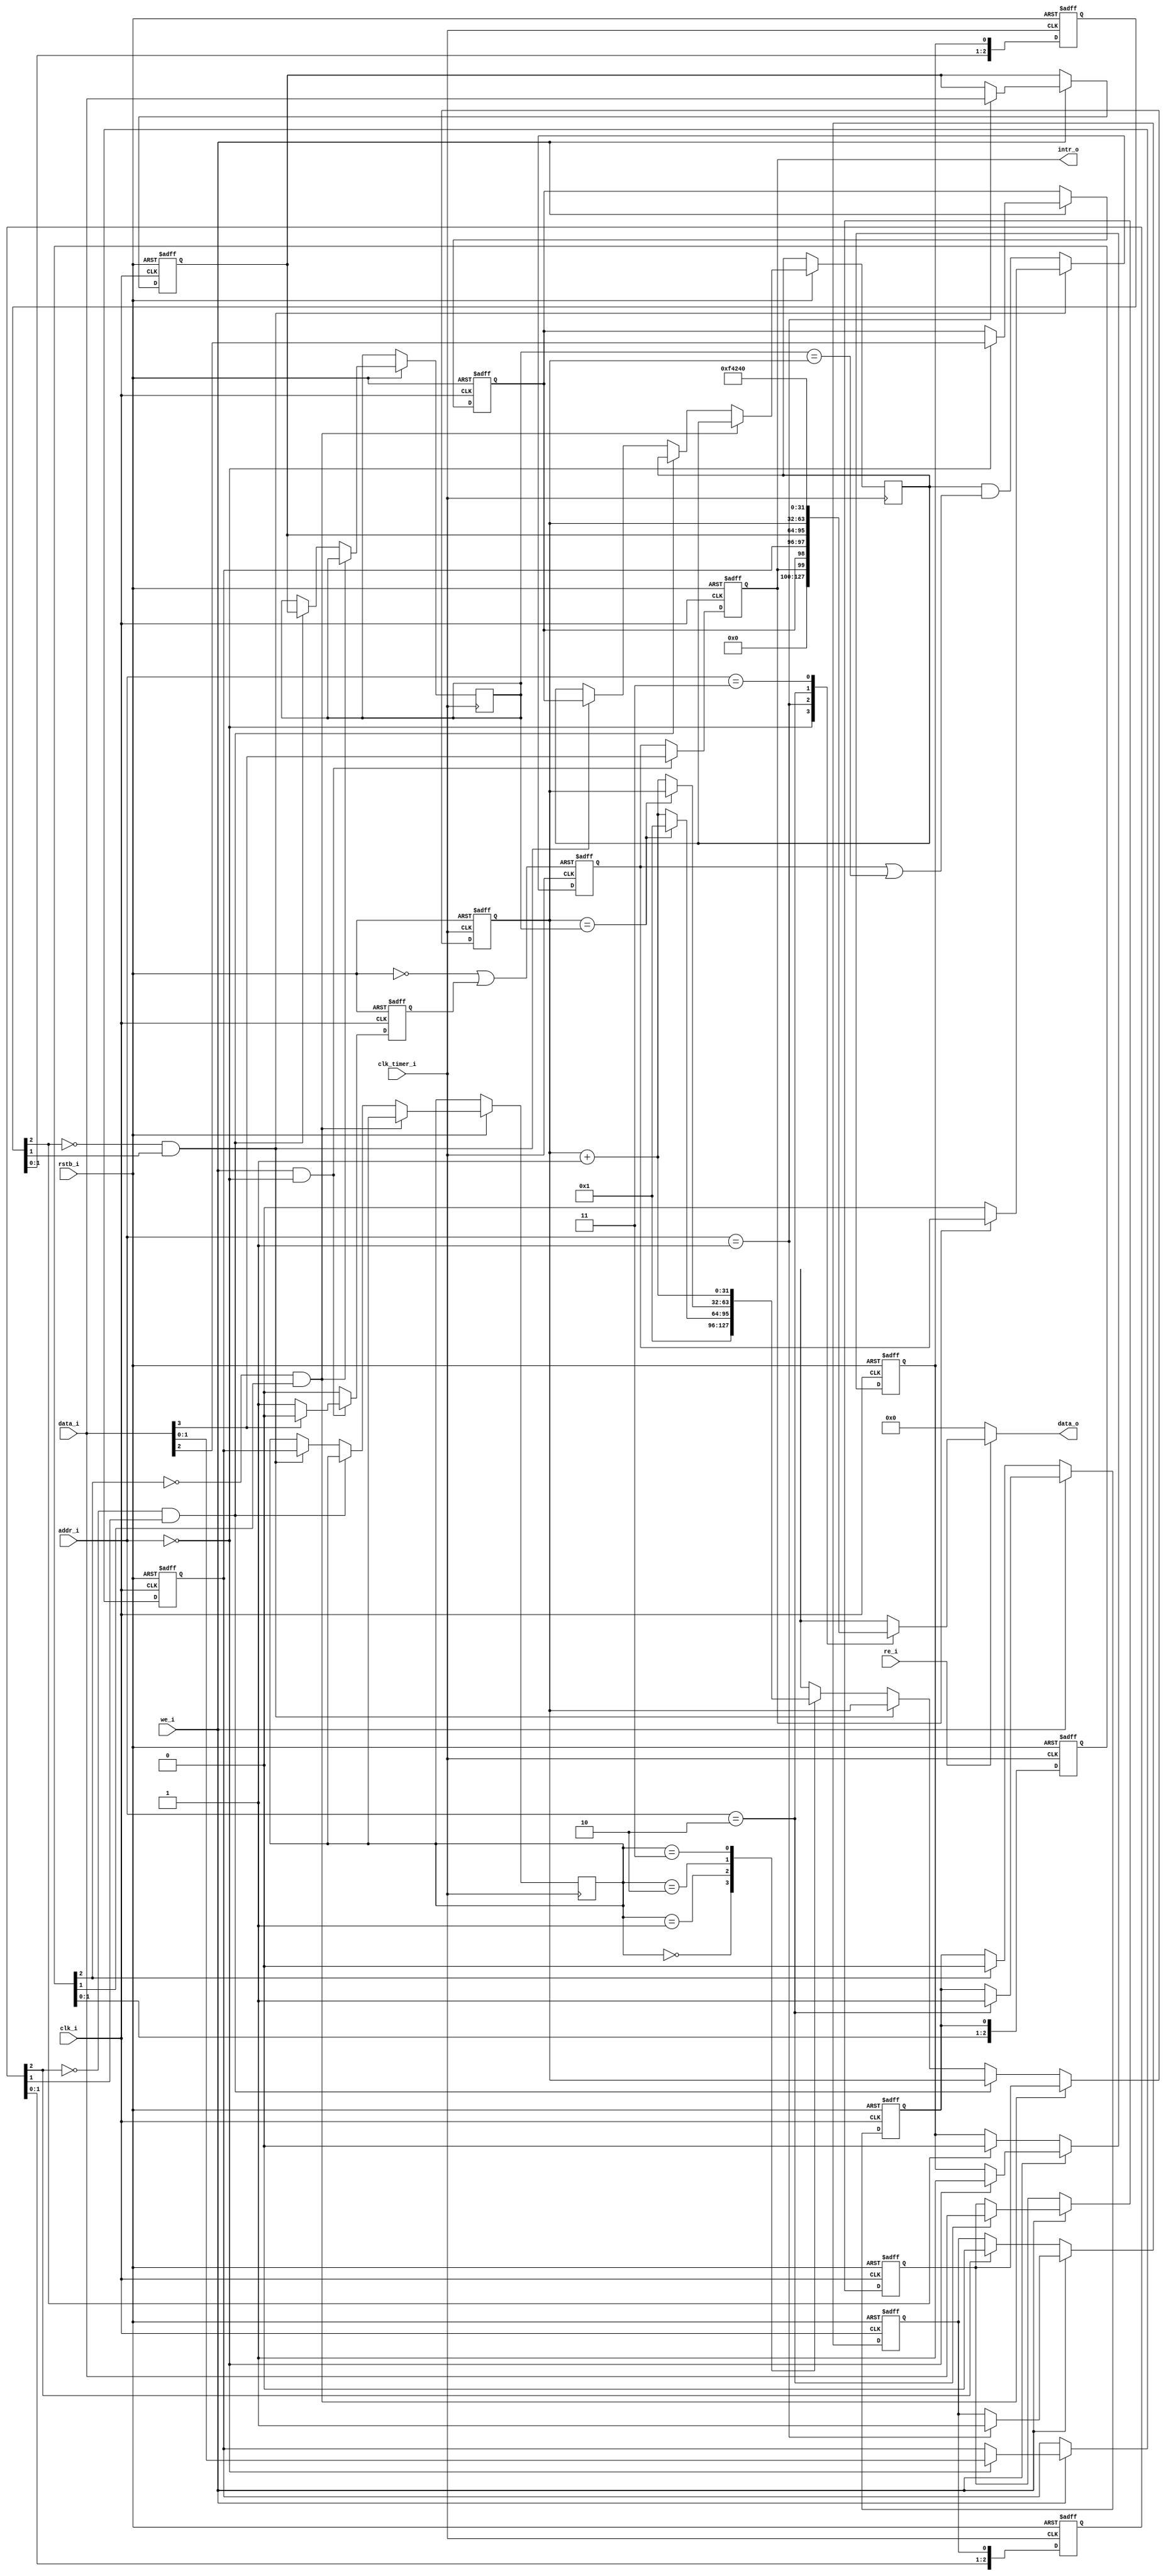
//------------------------------------------------------------------------------
//  Copyright (c) by Future Design Systems
//  All right reserved.
//  http://www.future-ds.com
//------------------------------------------------------------------------------
//  timer_tick.v
//------------------------------------------------------------------------------
//  VERSION: 2008.12.30.
//------------------------------------------------------------------------------
// A timer interrupt will happen everytime
// CONTROL[IE](2) bit is set and PERIOD(31:0)
// matches the COUNTER.
// When an interrupt is pending the CONTROL[IP](3) bit will be set
// and the interrupt will be asserted to 1 
// until CONTROL[IP](3) is cleared by writting a 0 to the CONTROL[IP] bit.
//
// mode: 00 tick timer is disabled (default)
// mode: 01 timer is restarted when PERIOD matches COUNTER
// mode: 10 timer stops when PERIOD matches COUNTER
// mode: 11 timer does not stop when PERIOD matches COUNTER
//
// interrupt enable: 0 disabled (default)
// interrupt enable: 1 enabled
//
// interrupt pending: 0 none (default)
// interrupt pending: 1 tick timer interrupt pending (write 0 to clear it)
//
// time period:
//------------------------------------------------------------------------------

module timer_tick
     #(parameter FREQUENCY=1_000_000)
(
       input   wire        clk_i
     , input   wire        rstb_i
     , input   wire        re_i
     , input   wire        we_i
     , input   wire [1:0]  addr_i
     , input   wire [31:0] data_i
     , output  reg  [31:0] data_o
     , output  wire        intr_o
     , input   wire        clk_timer_i // clk_i will be faster than this
);
  //--------------------------------------------
  reg  [31:0] COUNTER=32'h1;
  reg  [1:0]  mode=2'b0;
  reg         ie=1'b0;   // interrupt enable
  reg         ip=1'b0;   // interrupt pending
  reg  [31:0] PERIOD=32'h0;   // timer period
  wire [31:0] CONTROL = {28'h0, ip, ie, mode};
  //----------------------------------------------------------------------------
  // synchronized with clk_timer_i
  reg  [31:0] COUNTER_sync=32'h1;
  reg  [31:0] PERIOD_sync=32'h0;   // timer period
  reg  [ 1:0] mode_sync=2'b0;
  reg         ie_sync=1'b0;   // interrupt enable
  reg         ip_sync=1'b0;   // interrupt pending
  //--------------------------------------------
  // It generates pulse when the value changes.
  reg  flag_counter=1'b0;
  reg  flag_period=1'b0;
  reg  flag_control=1'b0;
  //--------------------------------------------
  // clk_timer_i
  reg [2:0] flag_counter_sync=3'h0;
  reg [2:0] flag_period_sync=3'h0;
  reg [2:0] flag_control_sync=3'h0;
  //--------------------------------------------
  assign intr_o = ip;
  //--------------------------------------------
  // CSR address
  localparam CSRA_CONTROL   = 2'b00,
             CSRA_PERIOD    = 2'b01,
             CSRA_COUNTER   = 2'b10,
             CSRA_FREQUENCY = 2'b11; // clk_timer_i
  //--------------------------------------------
  // CSR read
  always @ (*) begin
  if (re_i==1'b1) begin
      case (addr_i)
      CSRA_CONTROL  :   data_o = CONTROL;
      CSRA_PERIOD   :   data_o = PERIOD ;
      CSRA_COUNTER  :   data_o = COUNTER_sync;
      CSRA_FREQUENCY:   data_o = FREQUENCY;
      default: data_o = 32'h0;
      endcase
  end else begin
      data_o = 32'h0;
  end
  end
  //--------------------------------------------
  // CSR write
  always @ (posedge clk_i or negedge rstb_i) begin
  if (rstb_i==1'b0) begin
     mode         <=  2'b0;
     ie           <=  1'b0;
     PERIOD       <= 32'h0;
     COUNTER      <= 32'h1;
     flag_counter <=  1'b0;
     flag_period  <=  1'b0;
     flag_control <=  1'b0;
  end else begin
     if (we_i==1'b1) begin
         case (addr_i)
         CSRA_CONTROL: {flag_control,ie,mode} <= {1'b1,data_i[2:0]};
         CSRA_PERIOD : {flag_period,PERIOD}   <= {1'b1,data_i};
         CSRA_COUNTER: {flag_counter,COUNTER} <= {1'b1,data_i};
         endcase
     end else begin
         flag_counter <= (flag_counter_sync[2]==1'b1) ? 1'b0 : flag_counter;
         flag_period  <= (flag_period_sync [2]==1'b1) ? 1'b0 : flag_period ;
         flag_control <= (flag_control_sync[2]==1'b1) ? 1'b0 : flag_control;
     end
  end // if
  end // always
  //--------------------------------------------
  reg ip_clr=1'b0;
  //--------------------------------------------
  always @ (posedge clk_i or negedge rstb_i) begin
  if (rstb_i==1'b0) begin
     ip     <= 1'b0;
     ip_clr <= 1'b0;
  end else begin
     if ((we_i==1'b1)&&(addr_i==2'b00)) begin
         ip     <=  data_i[3];
         ip_clr <= (data_i[3]==1'b0) ? 1'b1 : 1'b0;
     end else begin
         ip     <= ip_sync;
         ip_clr <= 1'b0;
     end
  end // if
  end // always
  //----------------------------------------------------------------------------
  always @ (posedge clk_timer_i or negedge rstb_i) begin
  if (rstb_i==1'b0) begin
      flag_counter_sync <= 3'h0;
      flag_period_sync  <= 3'h0;
      flag_control_sync <= 3'h0;
  end else begin
      flag_control_sync[2] <= flag_control_sync[1];
      flag_control_sync[1] <= flag_control_sync[0];
      flag_control_sync[0] <= flag_control;
      flag_period_sync [2] <= flag_period_sync [1];
      flag_period_sync [1] <= flag_period_sync [0];
      flag_period_sync [0] <= flag_period ;
      flag_counter_sync[2] <= flag_counter_sync[1];
      flag_counter_sync[1] <= flag_counter_sync[0];
      flag_counter_sync[0] <= flag_counter;
  end // if
  end // always
  //----------------------------------------------------------------------------
  localparam TT_DISABLE=2'b00
           , TT_RESTART=2'b01
           , TT_ONE    =2'b10
           , TT_CONT   =2'b11;
  //----------------------------------------------------------------------------
  always @ (posedge clk_timer_i or negedge rstb_i) begin
  if (rstb_i==1'b0) begin
     COUNTER_sync <= 32'h1;
  end else begin
     if ((flag_counter_sync[2]==1'b0)&&(flag_counter_sync[1]==1'b1)) begin
         COUNTER_sync <= COUNTER;
     end else if ((flag_period_sync[2]==1'b0)&&(flag_period_sync[1]==1'b1)) begin
         PERIOD_sync <= PERIOD;
     end else if ((flag_control_sync[2]==1'b0)&&(flag_control_sync[1]==1'b1)) begin
         mode_sync <= mode;
         ie_sync   <= ie;
     end else begin
         case (mode_sync)
         TT_DISABLE:
            COUNTER_sync <= 32'h1;
         TT_RESTART:
            COUNTER_sync <= (COUNTER_sync==PERIOD_sync) ? 32'h1 : COUNTER_sync + 32'h1;
         TT_ONE:
            COUNTER_sync <= (COUNTER_sync==PERIOD_sync) ? COUNTER_sync : COUNTER_sync + 32'h1;
         TT_CONT:
            COUNTER_sync <= COUNTER_sync + 32'h1;
         default:
            COUNTER_sync <= COUNTER_sync;
         endcase
     end
  end // if
  end // always
  //----------------------------------------------------------------------------
  wire ip_rst= (rstb_i==1'b0)||(ip_clr==1'b1);
  //----------------------------------------------------------------------------
  always @ (posedge clk_timer_i or posedge ip_rst) begin
  if (ip_rst==1'b1) begin
      ip_sync <= 1'b0;
  end else if ((flag_control_sync[2]==1'b0)&&(flag_control_sync[1]==1'b1)) begin
      ip_sync <= (ip==1'b0) ? 1'b0 : ip_sync;
  end else begin
      ip_sync <= ie_sync & (ip_sync|(PERIOD_sync==COUNTER_sync));
  end // if
  end // always
  //----------------------------------------------------------------------------
endmodule
//------------------------------------------------------------------------------